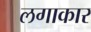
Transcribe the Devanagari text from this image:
लगाकार